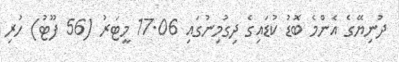
ދުނިޔޭގެ އެންމެ ބޮޑު ކުޑައިގެ ދިގުމިނުގައި 17.06 މީޓަރު (56 ފޫޓު) ހުރި